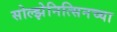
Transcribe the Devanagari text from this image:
सोल्झेनित्सिनच्या